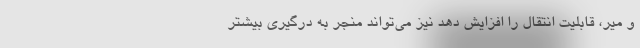
و میر، قابلیت انتقال را افزایش دهد نیز می‌تواند منجر به درگیری بیشتر